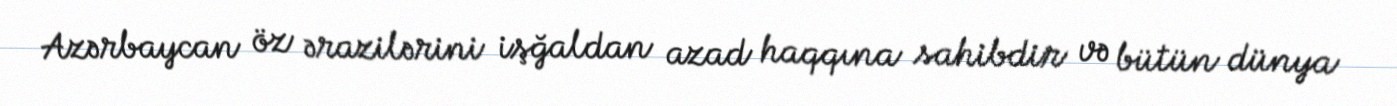
Azərbaycan öz ərazilərini işğaldan azad haqqına sahibdir və bütün dünya